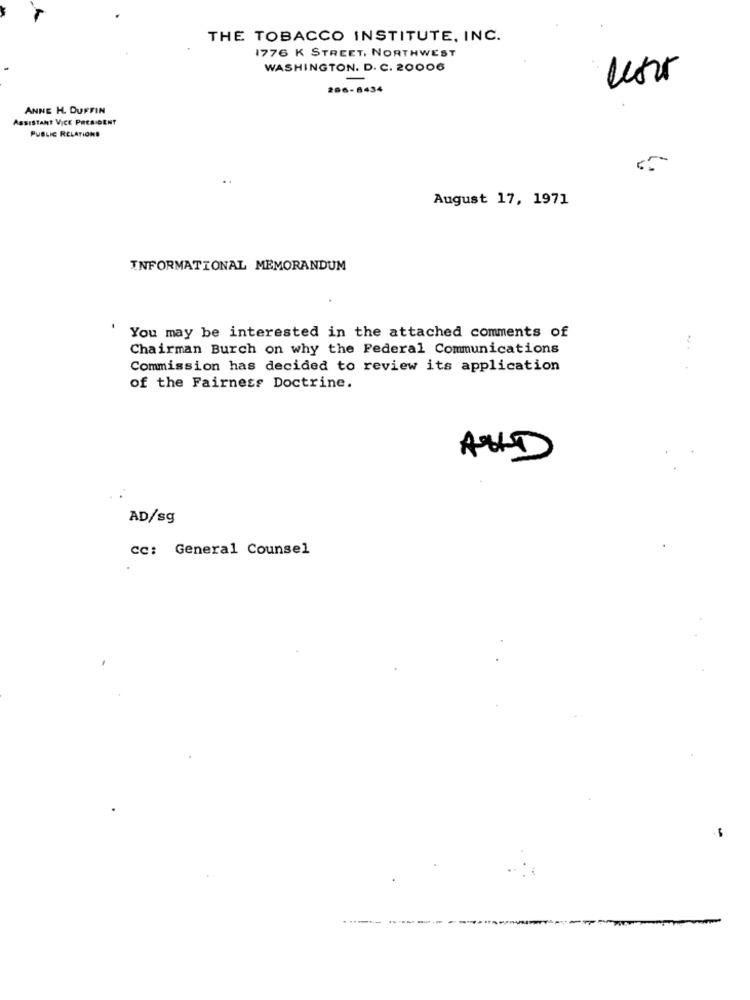
THE TOBACCO INSTITUTE, INC.
1776 K STREET, NORTHWEST
WASHINGTON. D. C. 20006
-
286-8434
ANNE H. DUFFIN
Assistant VICE PRESIDENT
PUBLIC RELATIONS
August 17, 1971
INFORMATIONAL MEMORANDUM
You may be interested in the attached comments of
Chairman Burch on why the Federal Communications
Commission has decided to review its application
of the Fairness Doctrine.
AND
AD/sg
Cc: General Counsel